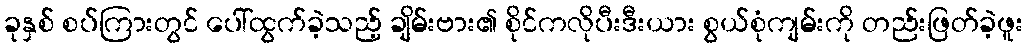
ခုနှစ် စပ်ကြားတွင် ပေါ်ထွက်ခဲ့သည့် ချိမ်းဗား၏ စိုင်ကလိုပီးဒီးယား စွယ်စုံကျမ်းကို တည်းဖြတ်ခဲ့ဖူး